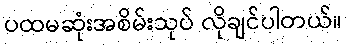
ပထမဆုံးအစိမ်းသုပ် လိုချင်ပါတယ်။